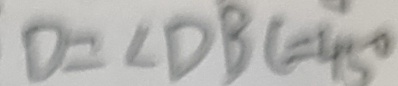
D = \angle D B C = 4 5 ^ { \circ }